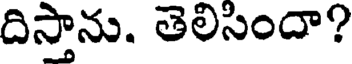
దిస్తాను. తెలిసిందా?